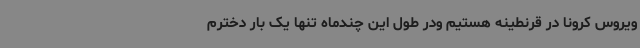
ویروس کرونا در قرنطینه هستیم ودر طول این چندماه تنها یک بار دخترم